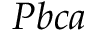
P b c a